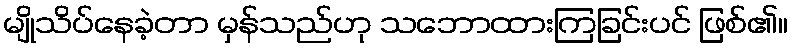
မျိုသိပ်နေခဲ့တာ မှန်သည်ဟု သဘောထားကြခြင်းပင် ဖြစ်၏။